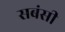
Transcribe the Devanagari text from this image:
सबंसी